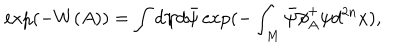
\exp ( - W ( A ) ) = \int d \psi d \bar { \psi } \exp ( - \int _ { M } \bar { \psi } \partial \! \! \! / _ { A } ^ { + } \psi d ^ { 2 n } x ) ,